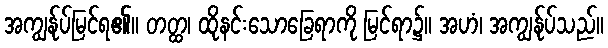
အကျွန်ုပ်မြင်ရ၏။ တတ္ထ၊ ထိုနင်းသောခြေရာကို မြင်ရာ၌။ အဟံ၊ အကျွန်ုပ်သည်။